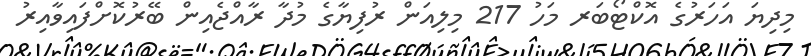
މިދިޔަ އަހަރުގެ އޮކްޓޯބަރ މަހު 217 މިލިއަން ރުފިޔާގެ މުދާ ރާއްޖެއިން ބޭރުކޮށްފައިވާއިރު